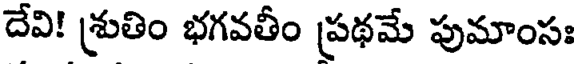
దేవి! శ్రుతిం భగవతీం ప్రథమే పుమాంసః